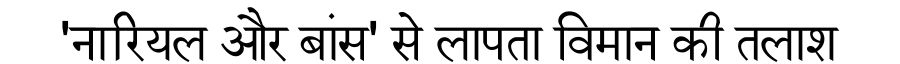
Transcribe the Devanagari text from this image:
'नारियल और बांस' से लापता विमान की तलाश